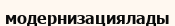
модернизациялады